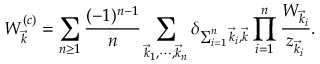
W _ { \vec { k } } ^ { ( c ) } = \sum _ { n \ge 1 } { \frac { ( - 1 ) ^ { n - 1 } } { n } } \sum _ { \vec { k } _ { 1 } , \cdots , \vec { k } _ { n } } \delta _ { \sum _ { i = 1 } ^ { n } \vec { k } _ { i } , \vec { k } } \prod _ { i = 1 } ^ { n } { \frac { W _ { \vec { k } _ { i } } } { z _ { \vec { k } _ { i } } } } .